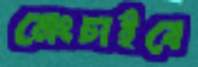
নেংচাইবে